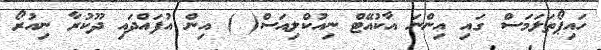
ހައިޕޯތަލަމަސް ގައި އިންނަ އާކުއޭޓް ނިއުކްލިއަސް( ) އިން އުފައްދައި ދޫކުރާ ނިއުރޯ